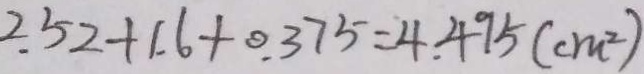
2 . 5 2 + 1 . 6 + 0 . 3 7 5 = 4 . 4 9 5 ( c m ^ { 2 } )